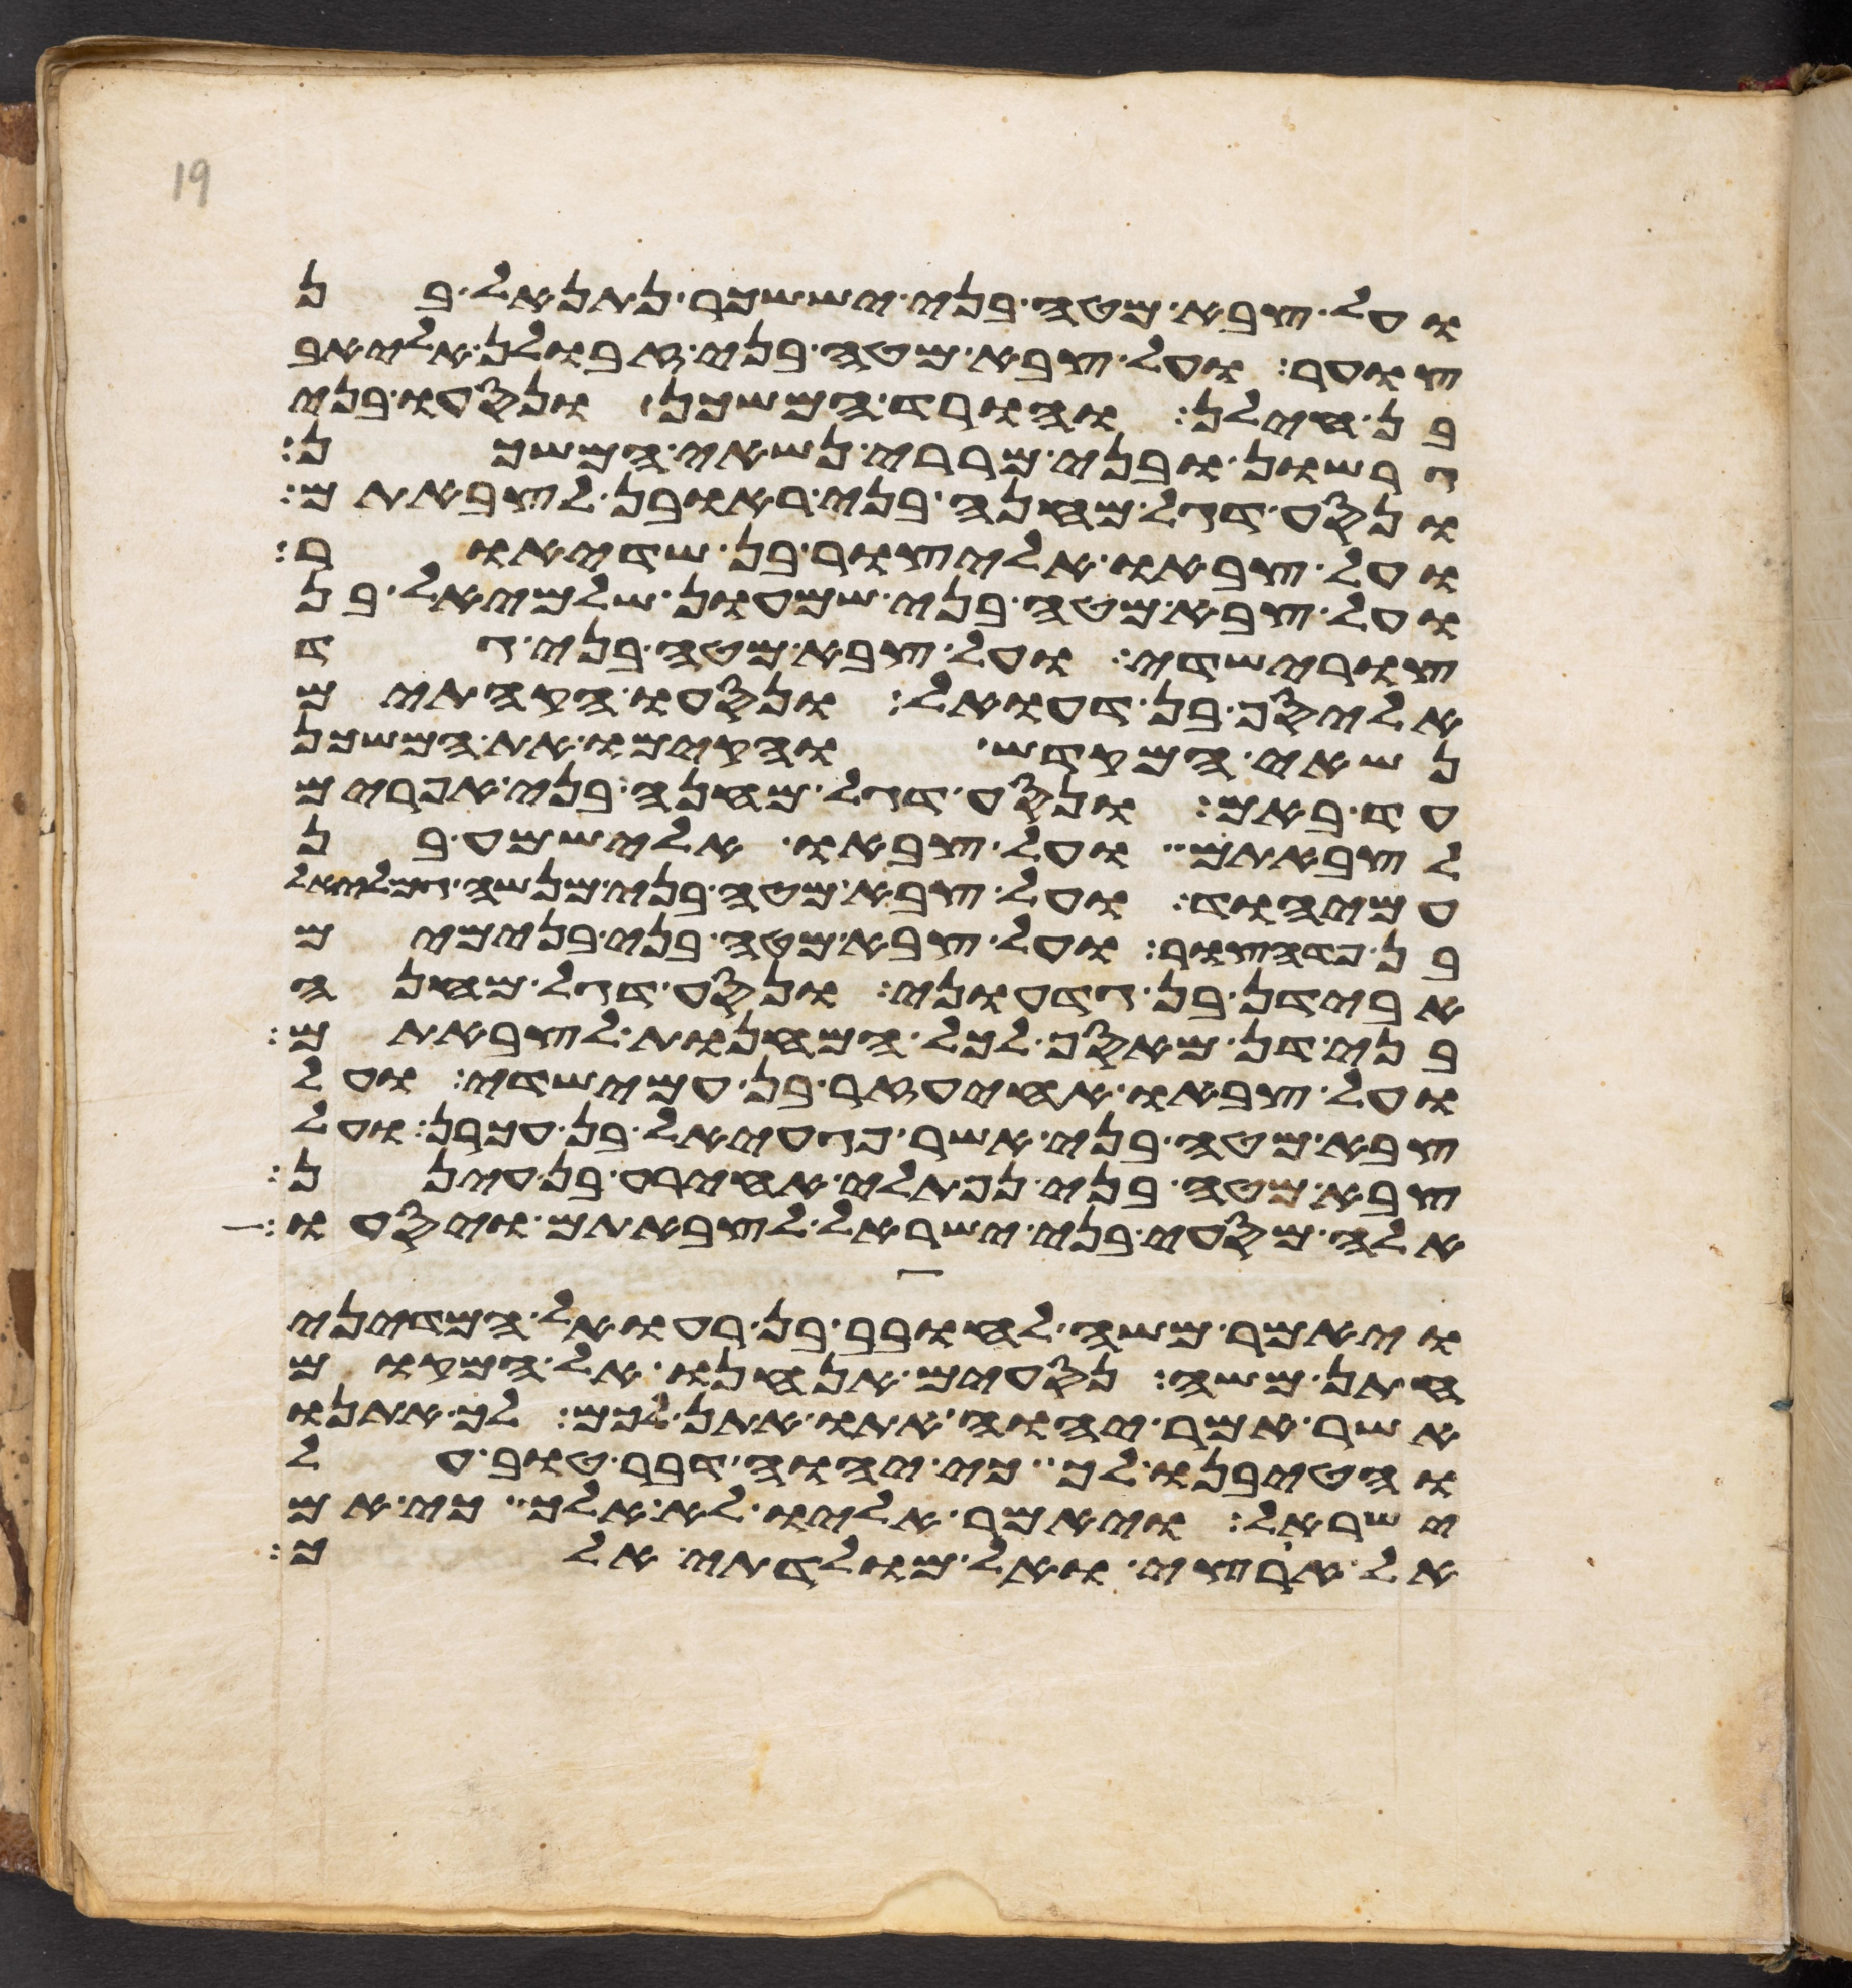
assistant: ועל צבא מטה בני יששכר נתנאל בן
צוער ועל צבא מטה בני זבולן אליאב
בן חילן והורד המשכן ונסעו בני
גרשון ובני מררי נשאי המשכן
ונסע דגל מחנה בני ראובן לצבאתם
ועל צבאו אליצור בן שדיאור
ועל צבא מטה בני שמעון שלמיאל בן
צורישדי ועל צבא מטה בני גד
אליסף בן דעואל ונסעו הקהתים
נשאי המקדש והקימו את המשכן
עד באם ונסע דגל מחנה בני אפרים
לצבאתם ועל צבאו אלישמע בן
עמיהוד ועל צבא מטה בני מנשה גמלאל
בן פדהצור ועל צבא מטה בני בנימים
אבידן בן גדעוני ונסע דגל מחנה
בני דן מאסף לכל המחנות לצבאתם
ועל צבאו אחיעזר בן עמישדי ועל
צבא מטה בני אשר פגעאל בן עכרן ועל
צבא מטה בני נפתלי אחירע בן עינן
אלה מסעי בני ישראל לצבאתם ויסעו
ויאמר משה לחובב בן רעואל המדיני
חתן משה נסעים אנחנו אל המקום
אשר אמר יהוה אתו אתן לכם לך אתנו
והטיבנו לך כי יהוה דבר טוב על
ישראל ויאמר אליו לא אלך כי אם
אל ארצי ואל מולדתי אלך